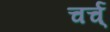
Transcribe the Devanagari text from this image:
चर्च्